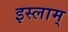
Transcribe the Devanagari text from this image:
इस्लाम्